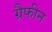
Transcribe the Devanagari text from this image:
ग्रैफीन